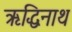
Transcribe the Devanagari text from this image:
ऋद्धिनाथ